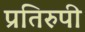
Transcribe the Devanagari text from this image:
प्रतिरुपी